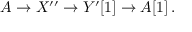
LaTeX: A \to X ^ { \prime \prime } \to Y ^ { \prime } [ 1 ] \to A [ 1 ] \, .